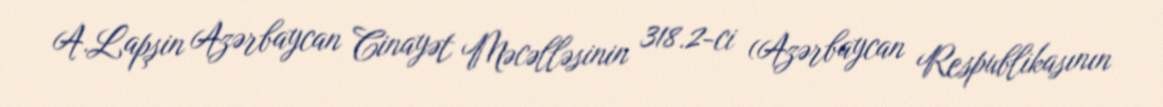
A.Lapşin Azərbaycan Cinayət Məcəlləsinin 318.2-ci (Azərbaycan Respublikasının